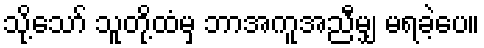
သို့သော် သူတို့ထံမှ ဘာအကူအညီမျှ မရခဲ့ပေ။